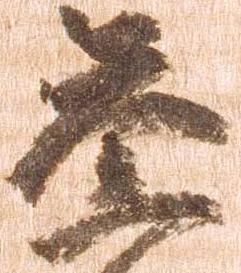
参